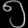
Digit: ၅